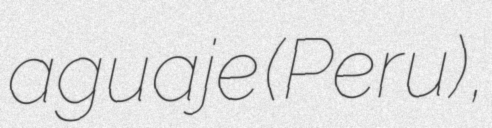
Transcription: aguaje (Peru),